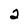
Character: 2